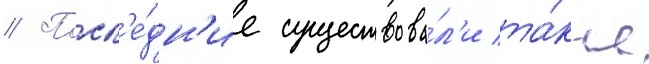
// Посл'е́дн'ие существова́л'и та́кже